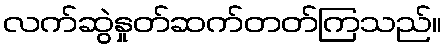
လက်ဆွဲနှုတ်ဆက်တတ်ကြသည်။